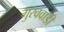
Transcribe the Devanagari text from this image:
गुरववाडी